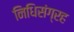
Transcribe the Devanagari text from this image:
निधिसंग्रह